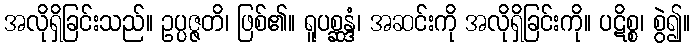
အလိုရှိခြင်းသည်။ ဥပ္ပဇ္ဇတိ၊ ဖြစ်၏။ ရူပစ္ဆန္ဒံ၊ အဆင်းကို အလိုရှိခြင်းကို။ ပဋိစ္စ၊ စွဲ၍။